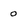
Character: 0